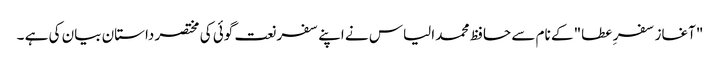
"آغاز سفر ِ عطا" کے نام سے حافظ محمد الیاس نے اپنے سفر نعت گوئی کی مختصر داستان بیان کی ہے ۔